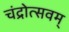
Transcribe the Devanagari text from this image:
चंद्रोत्सवम्